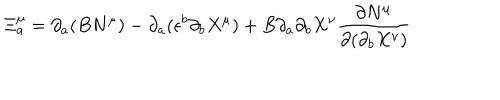
LaTeX: \Xi _ { a } ^ { \mu } = \partial _ { a } ( B N ^ { \mu } ) - \partial _ { a } ( \epsilon ^ { b } \partial _ { b } X ^ { \mu } ) + B \partial _ { a } \partial _ { b } X ^ { \nu } \frac { \partial N ^ { \mu } } { \partial ( \partial _ { b } X ^ { \nu } ) }